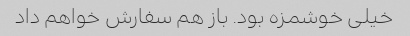
خیلی خوشمزه بود. باز هم سفارش خواهم داد